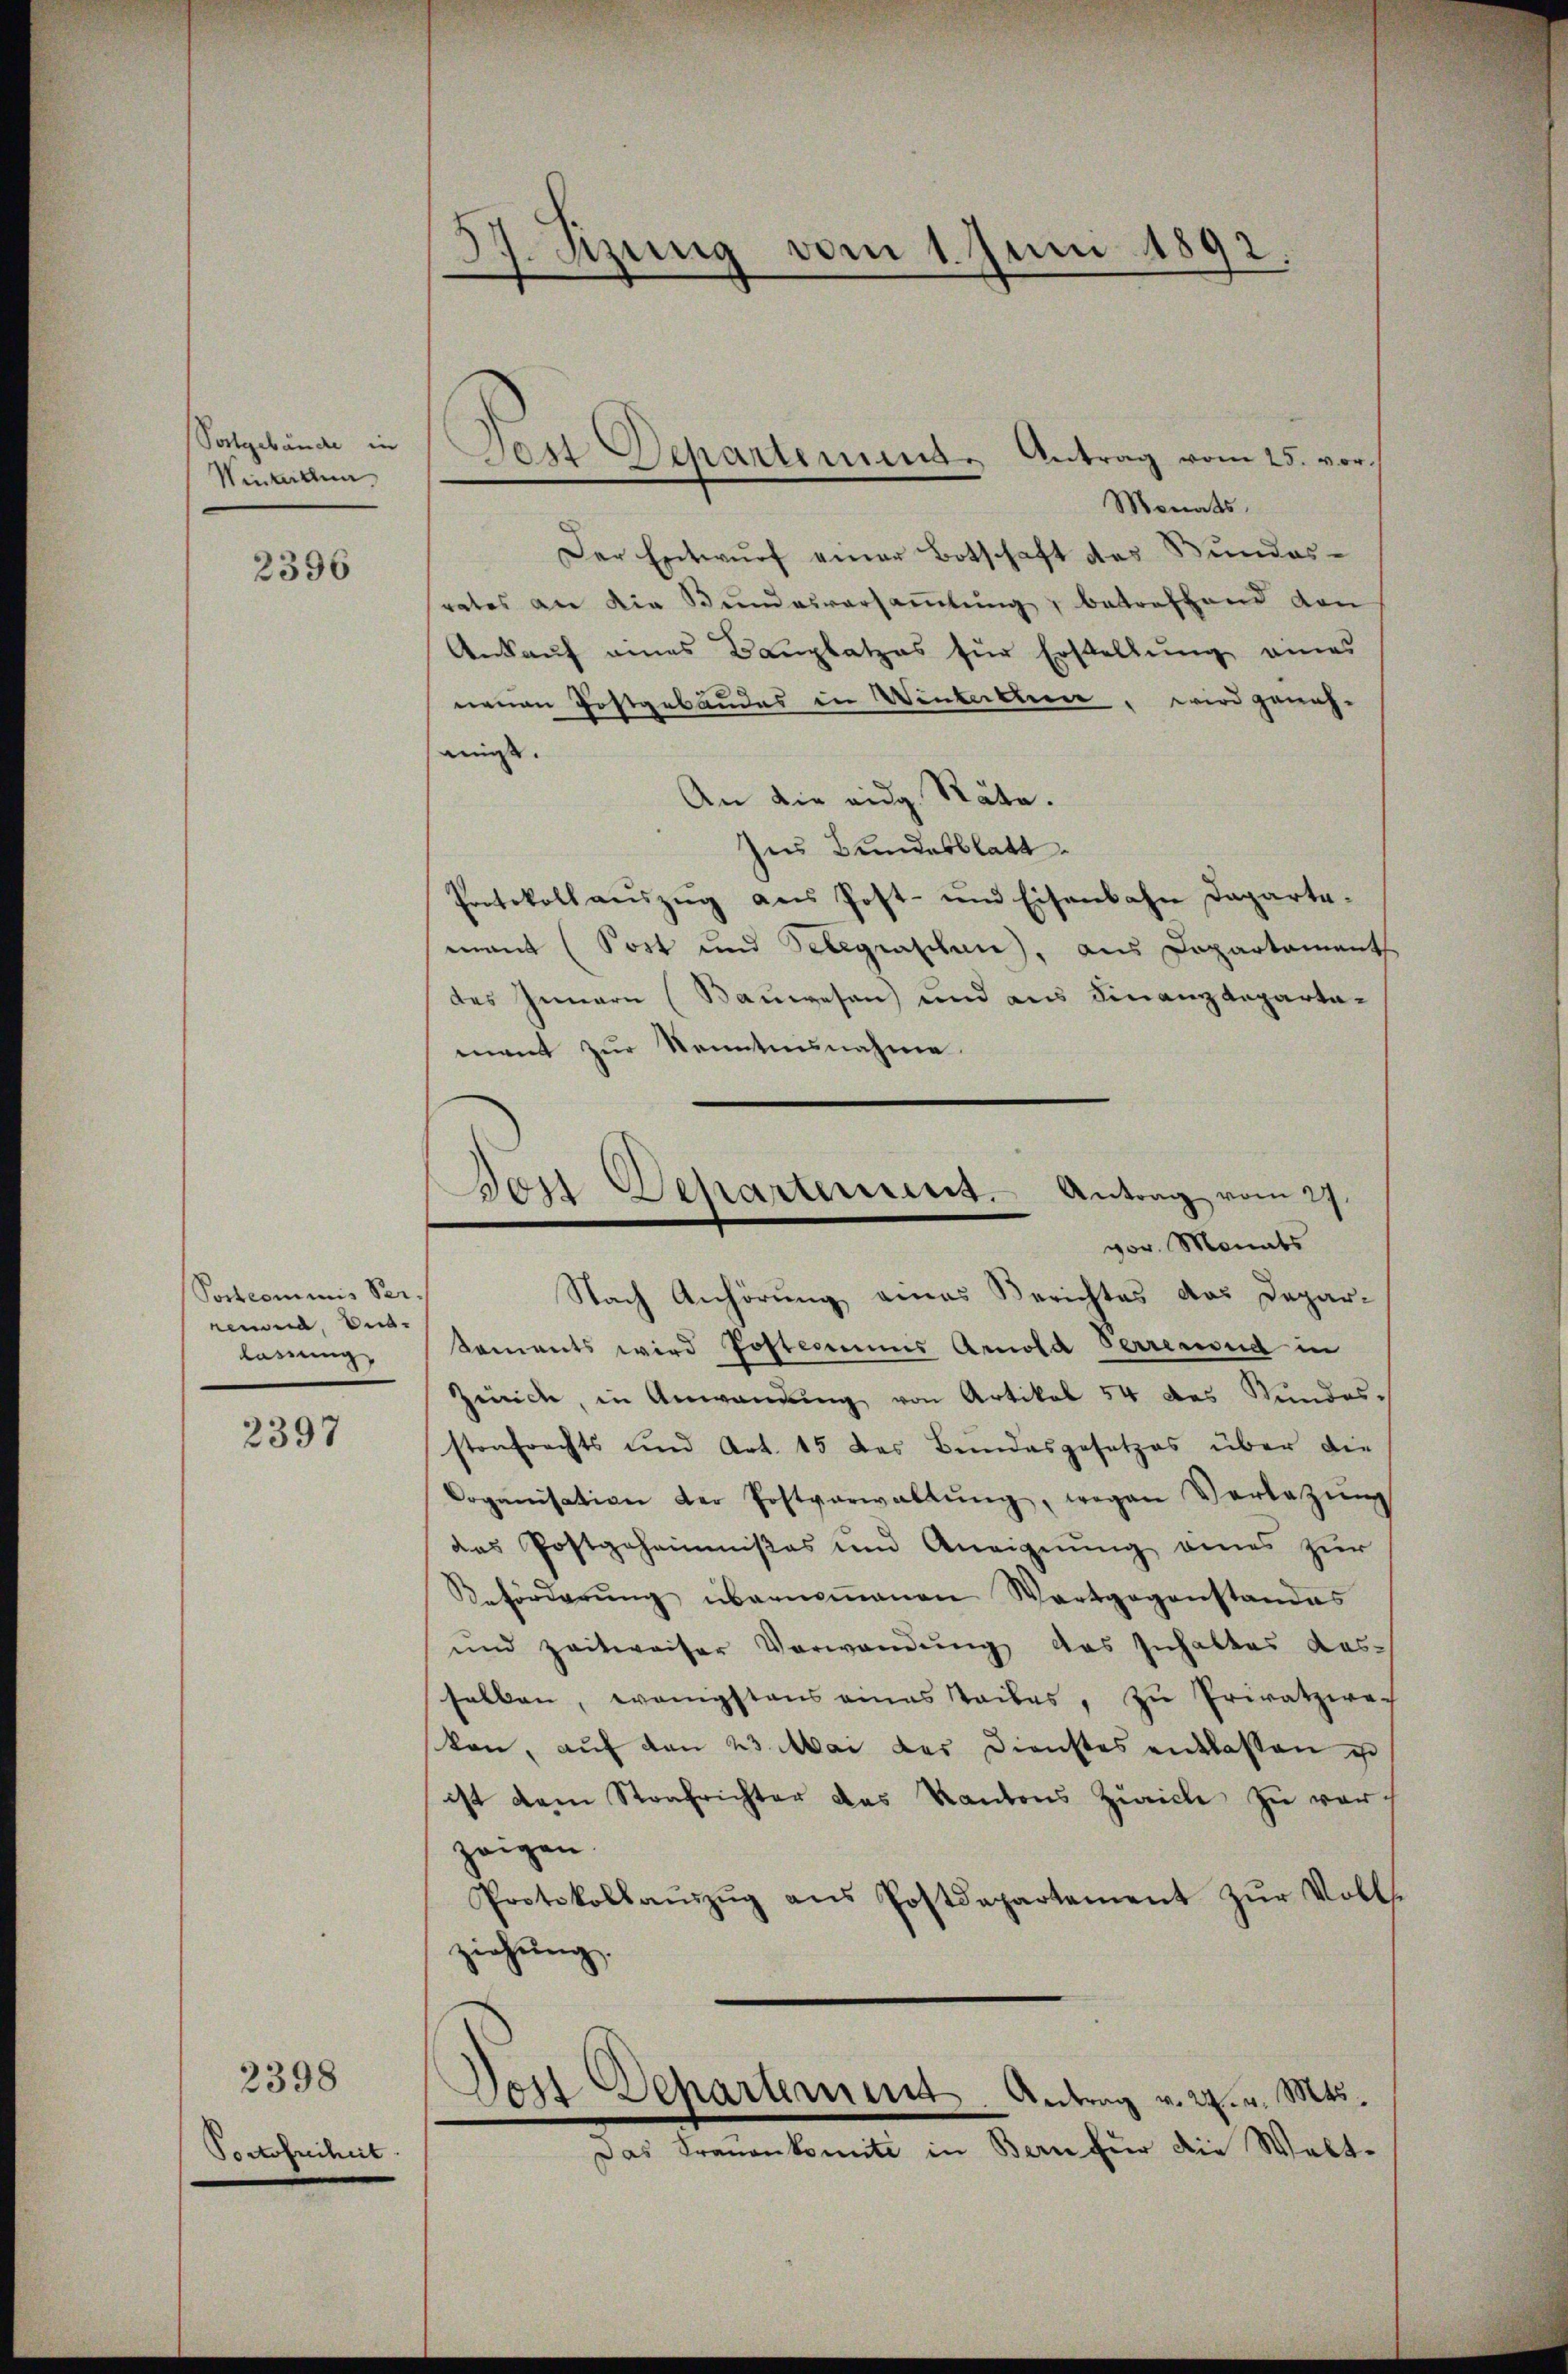
Postgebäude in
Wintellun

2396

Postcommis Verreund, End-
lassung

2397

2398
Portofreiheit

1. Sizung vom 1. Juni 1892.

Monats,
Der Entwurf einer Botschaft des Bundesrates an die Bŭndesversaṁlŭng, betreffend von
Ankauf eines Bauplatzes für Erstellung eines
neuen Postgebäudes in Winterben, wird genehmigt.
An die eidg. Räte.
Ins Bundesblatt
Protokoll aŭszŭg ans Post- und Eisenbahn Departe-
mant (Sost und Telegraschen, aus Departament
des Innern (Bauwesen) und aus Finanzdepartamant zur Kenntnisnahme
vor. Monats
Nach Anhörung eines Berichtes das Depar-
Koments wird Posteriums Arnold Herrenoud in
zinich, in Anwendung von Artikel 54 des Wundesstonfrachts und Art. 15 des Bundesgesetzes über die
Coganisation der Postverwaltŭng, wegen Verlegŭng
das Postgeheimnißes und Aneignung eines zur
Beförderŭng übernoṁenen Wortgegenstandes
und zeitweiser Verwendung das Inhalter aus-
halben, wenigstens eines Teiles, zŭ Privatzwe-
kan, auf den 23. Mai des Dienstes entlassen un
ist dem Strafrichter das Kantons Zürich zu vor
zeigen.
Protokollaŭszŭg ans Postdepartement zŭr Voll-
ziehung.
Das Frauenkomité in Bern für die Walt¬

Pest Departemens. Antrag vom 25. vor.

Don Departement. Antrag vom 27.

Des Departement. Antrag v. 24. v. Mts.